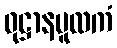
ဝုဋ္ဌာနမူလကံ